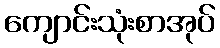
ကျောင်းသုံးစာအုပ်